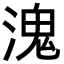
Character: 溾